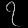
Digit: ၇